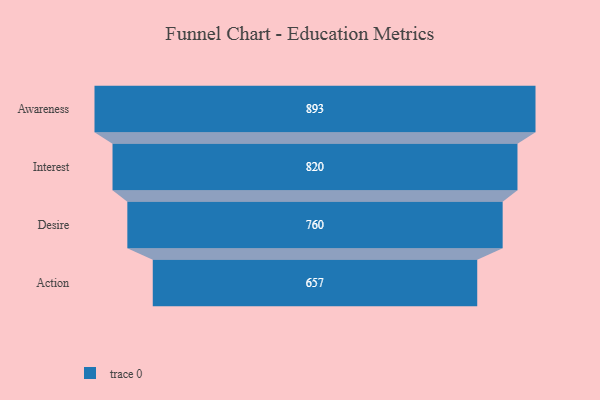
{"axis": {"x": "Stage", "y": "Value"}, "legend": [""], "data": [{"x": "Awareness", "y": 893.0, "type": ""}, {"x": "Interest", "y": 820.0, "type": ""}, {"x": "Desire", "y": 760.0, "type": ""}, {"x": "Action", "y": 657.0, "type": ""}]}